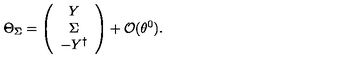
\Theta _ { \Sigma } = \left( \begin{array} { c } { Y } \\ { \Sigma } \\ { - Y ^ { \dagger } } \\ \end{array} \right) + { \cal O } ( \theta ^ { 0 } ) .